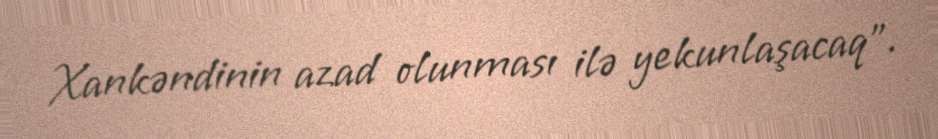
Xankəndinin azad olunması ilə yekunlaşacaq”.